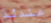
عندئذ